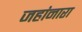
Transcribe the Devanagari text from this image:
जहांनारा